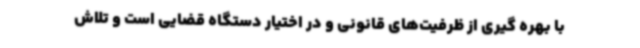
با بهره گیری از ظرفیت‌های قانونی و در اختیار دستگاه قضایی است و تلاش